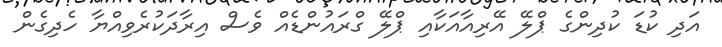
އަދި ކުޑަ ކުދިންގެ ޕްލޭ އޭރިއާއަކާއި ޕްލޭ ގްރައުންޑެއް ވެސް އިރާދަކުރެވިއްޔާ ހެދިގެން